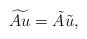
LaTeX: \begin{align*}\widetilde{Au}=\tilde{A}\tilde{u},\end{align*}